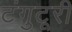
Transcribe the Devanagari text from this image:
टंगुटूरी